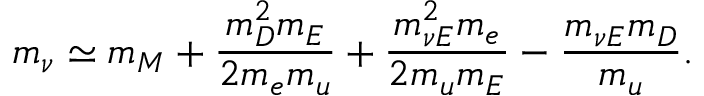
m _ { \nu } \simeq m _ { M } + { \frac { m _ { D } ^ { 2 } m _ { E } } { 2 m _ { e } m _ { u } } } + { \frac { m _ { \nu E } ^ { 2 } m _ { e } } { 2 m _ { u } m _ { E } } } - { \frac { m _ { \nu E } m _ { D } } { m _ { u } } } .